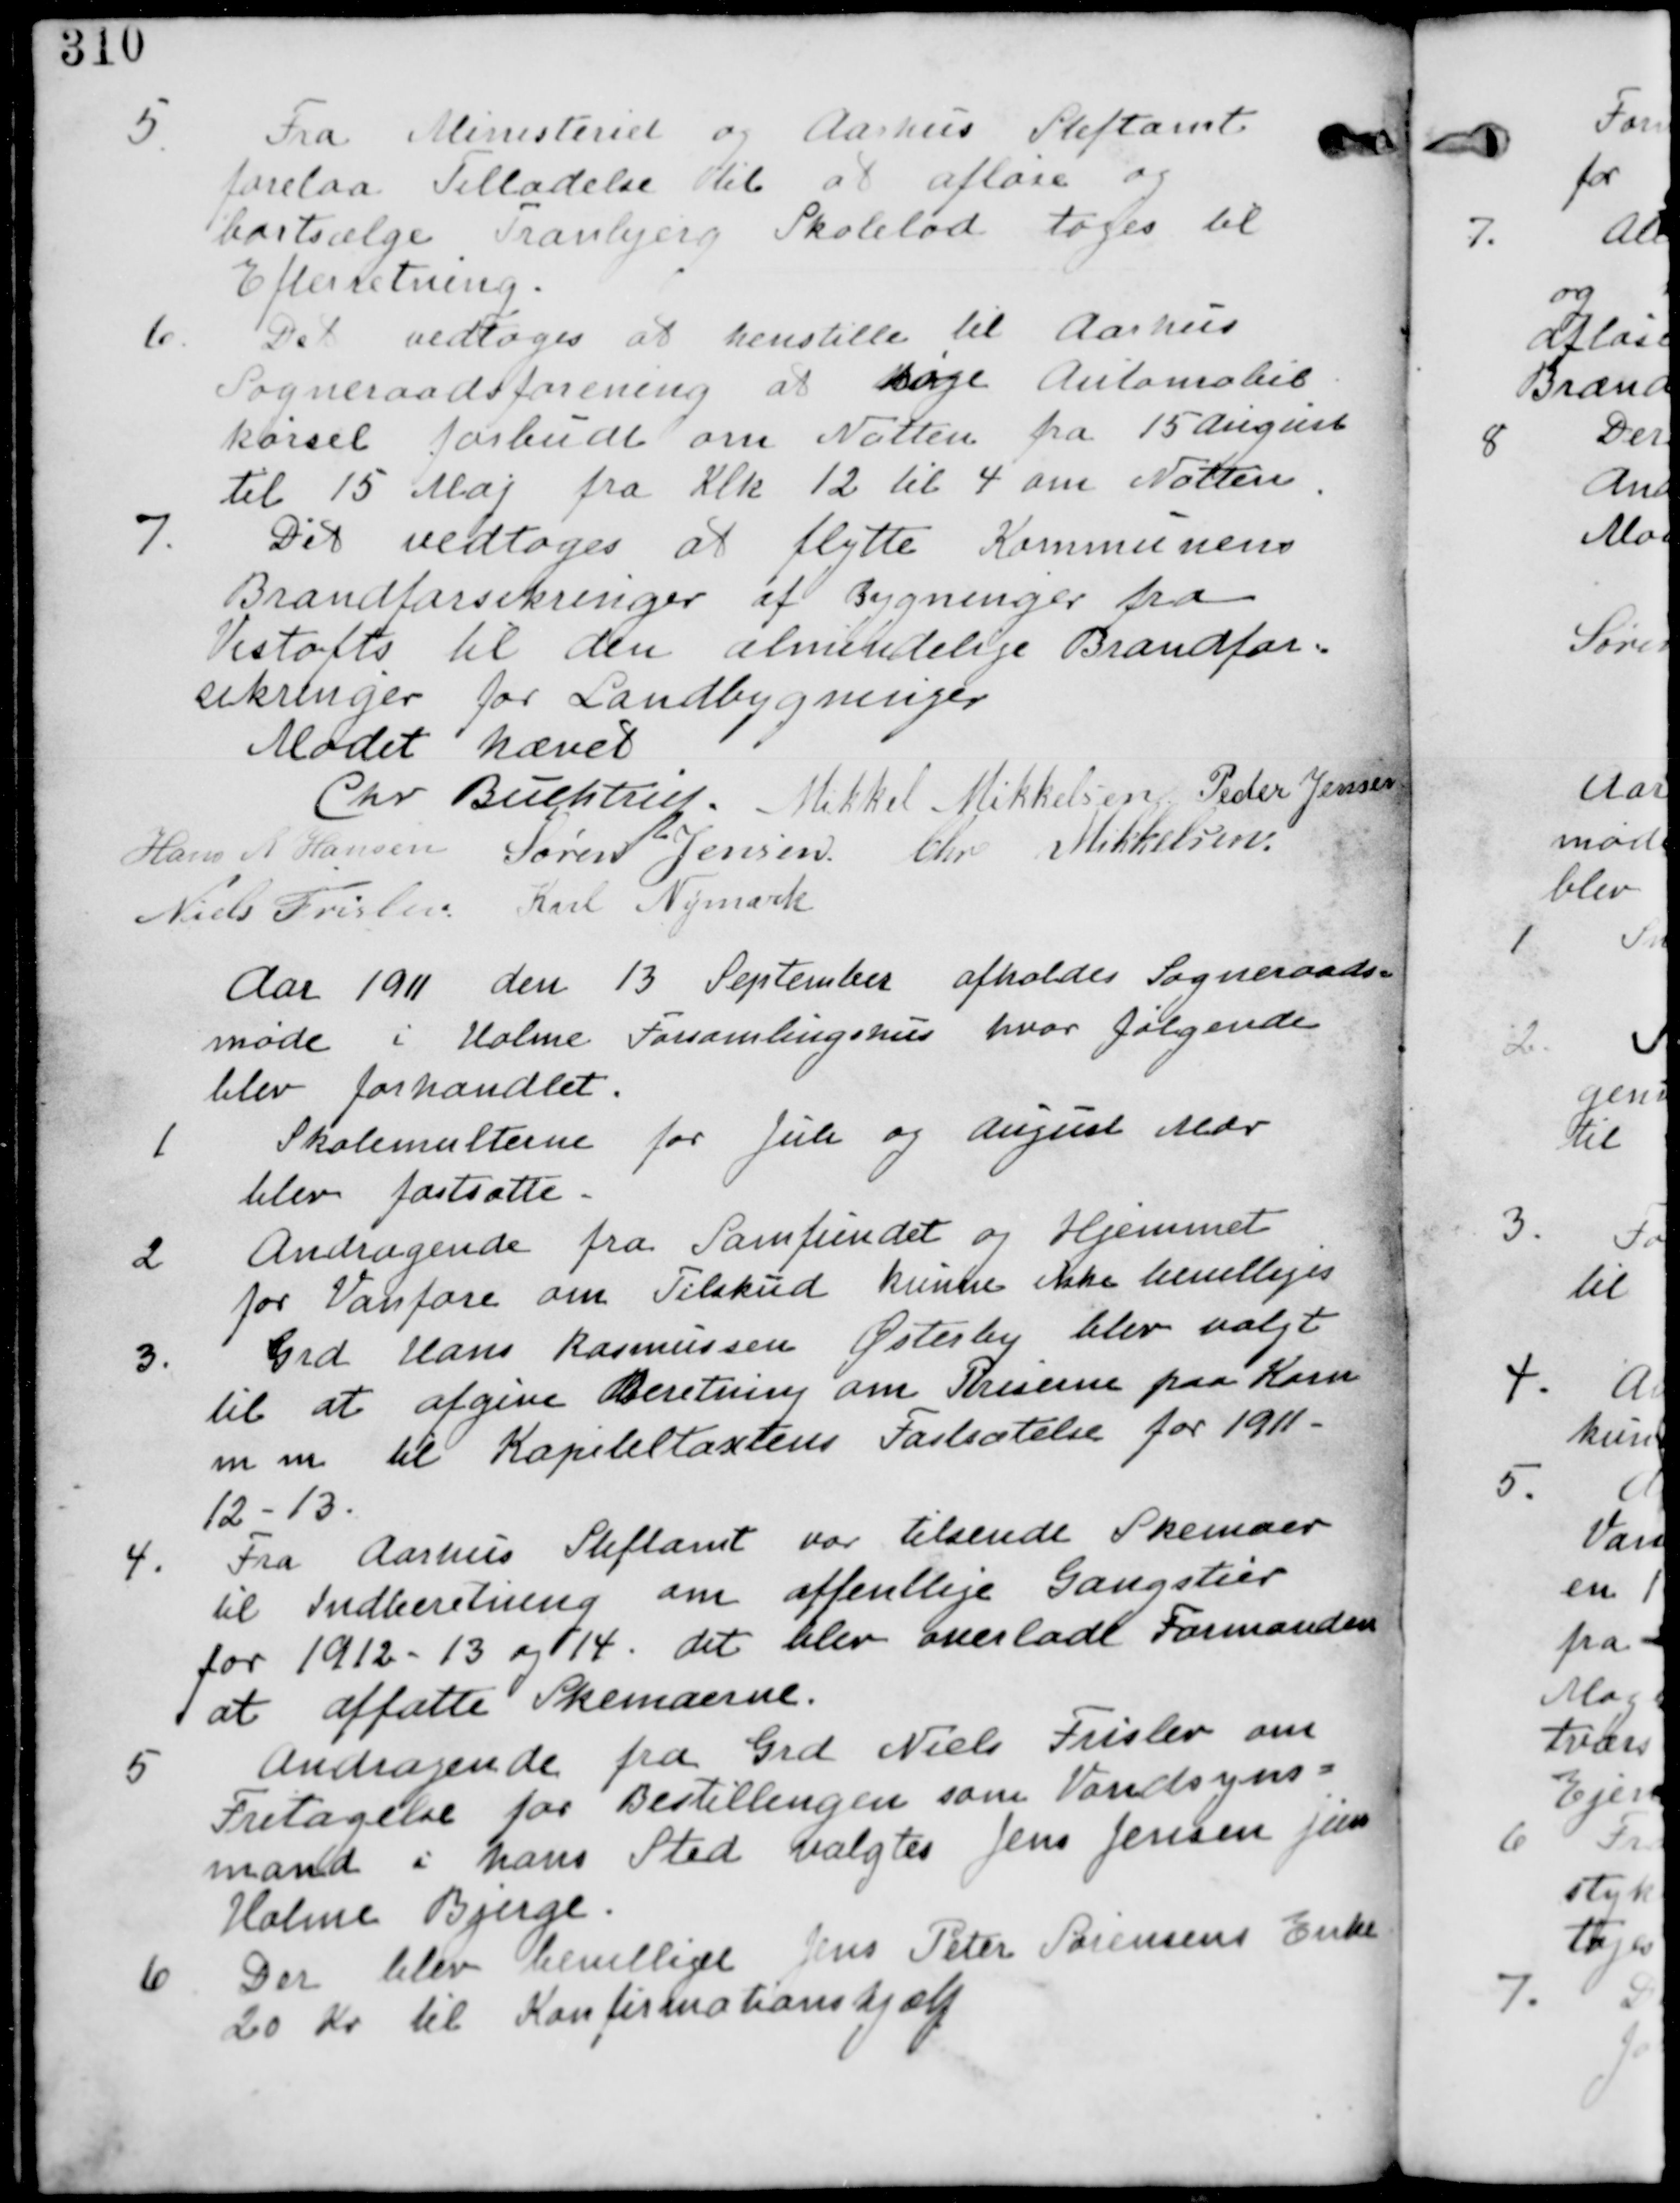
Transskription:
5.
Fra Ministeriet og Aarhus Stiftamt
forelaa Tilladelse til at afløse og
bortsælge Tranbjerg Skolelod tages til
Efterretning.

6. Det vedtages at henstille til Aarhus
Sogneraadsforening at søge Automobil
kørsel forbudt om Natten fra 15. August
til 15. Maj fra Klk. 12 til 4 om Natten.

7. Det vedtages at flytte Kommunens
Brandforsikringer af Bygninger fra
Vistofts til den almindelige Brandfor-
sikringer for Laandbygninger.

Mødet hævet.

Chr. Buchstrup, Mikkel Mikkelsen, Peder Jensen

Hans R. Hansen, Søren Jensen, Chr. Mikkelsen.

Niels Frislev, Karl Nymark

Aar 1911 den 13. September afholdes Sogneraads-
møde i Holme Forsamlingshus hvor følgende
blev forhandlet.

1. Skolemulterne for Juli og August Mdr
blev fastsatte.

2.
Andragende fra Samfundet og Hjemmet
for Vanføre om Tilskud kunne ikke bevilliges.

3.
Grd. Hans Rasmussen Østerby blev valgt
til at afgive Beretning om Priserne paa Korn
m.m. til Kapiteltaxtens Fastsætelse for 1911-
12-13.

4. Fra Aarhus Stiftamt var tilsendende Skemaer
til Indberetning om offentlige Gangstier
for 1912-13 og 14. Det blev overladt Formanden
at affatte Skemaerne.

5.
Andragende fra Grd Niels Frislev om
Fritagelse for Bestillingen som Vandsyns-
mand i hans Sted valgtes Jens Jensen jun.
Holme Bjerge.

6. Der blev bevilliget Jens Peter Sørensens Enke
20 Kr. til Konfirmationshjælp.